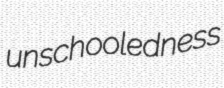
unschooledness